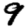
Digit: 9